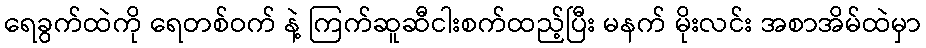
ရေခွက်ထဲကို ရေတစ်ဝက် နဲ့ ကြက်ဆူဆီငါးစက်ထည့်ပြီး မနက် မိုးလင်း အစာအိမ်ထဲမှာ